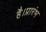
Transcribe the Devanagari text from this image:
है।प्रारंभ